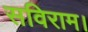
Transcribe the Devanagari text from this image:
सविराम।